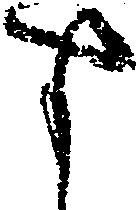
す